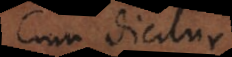
Cum dicitur